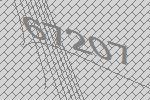
67207